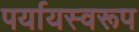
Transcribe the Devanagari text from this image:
पर्यायस्वरूप